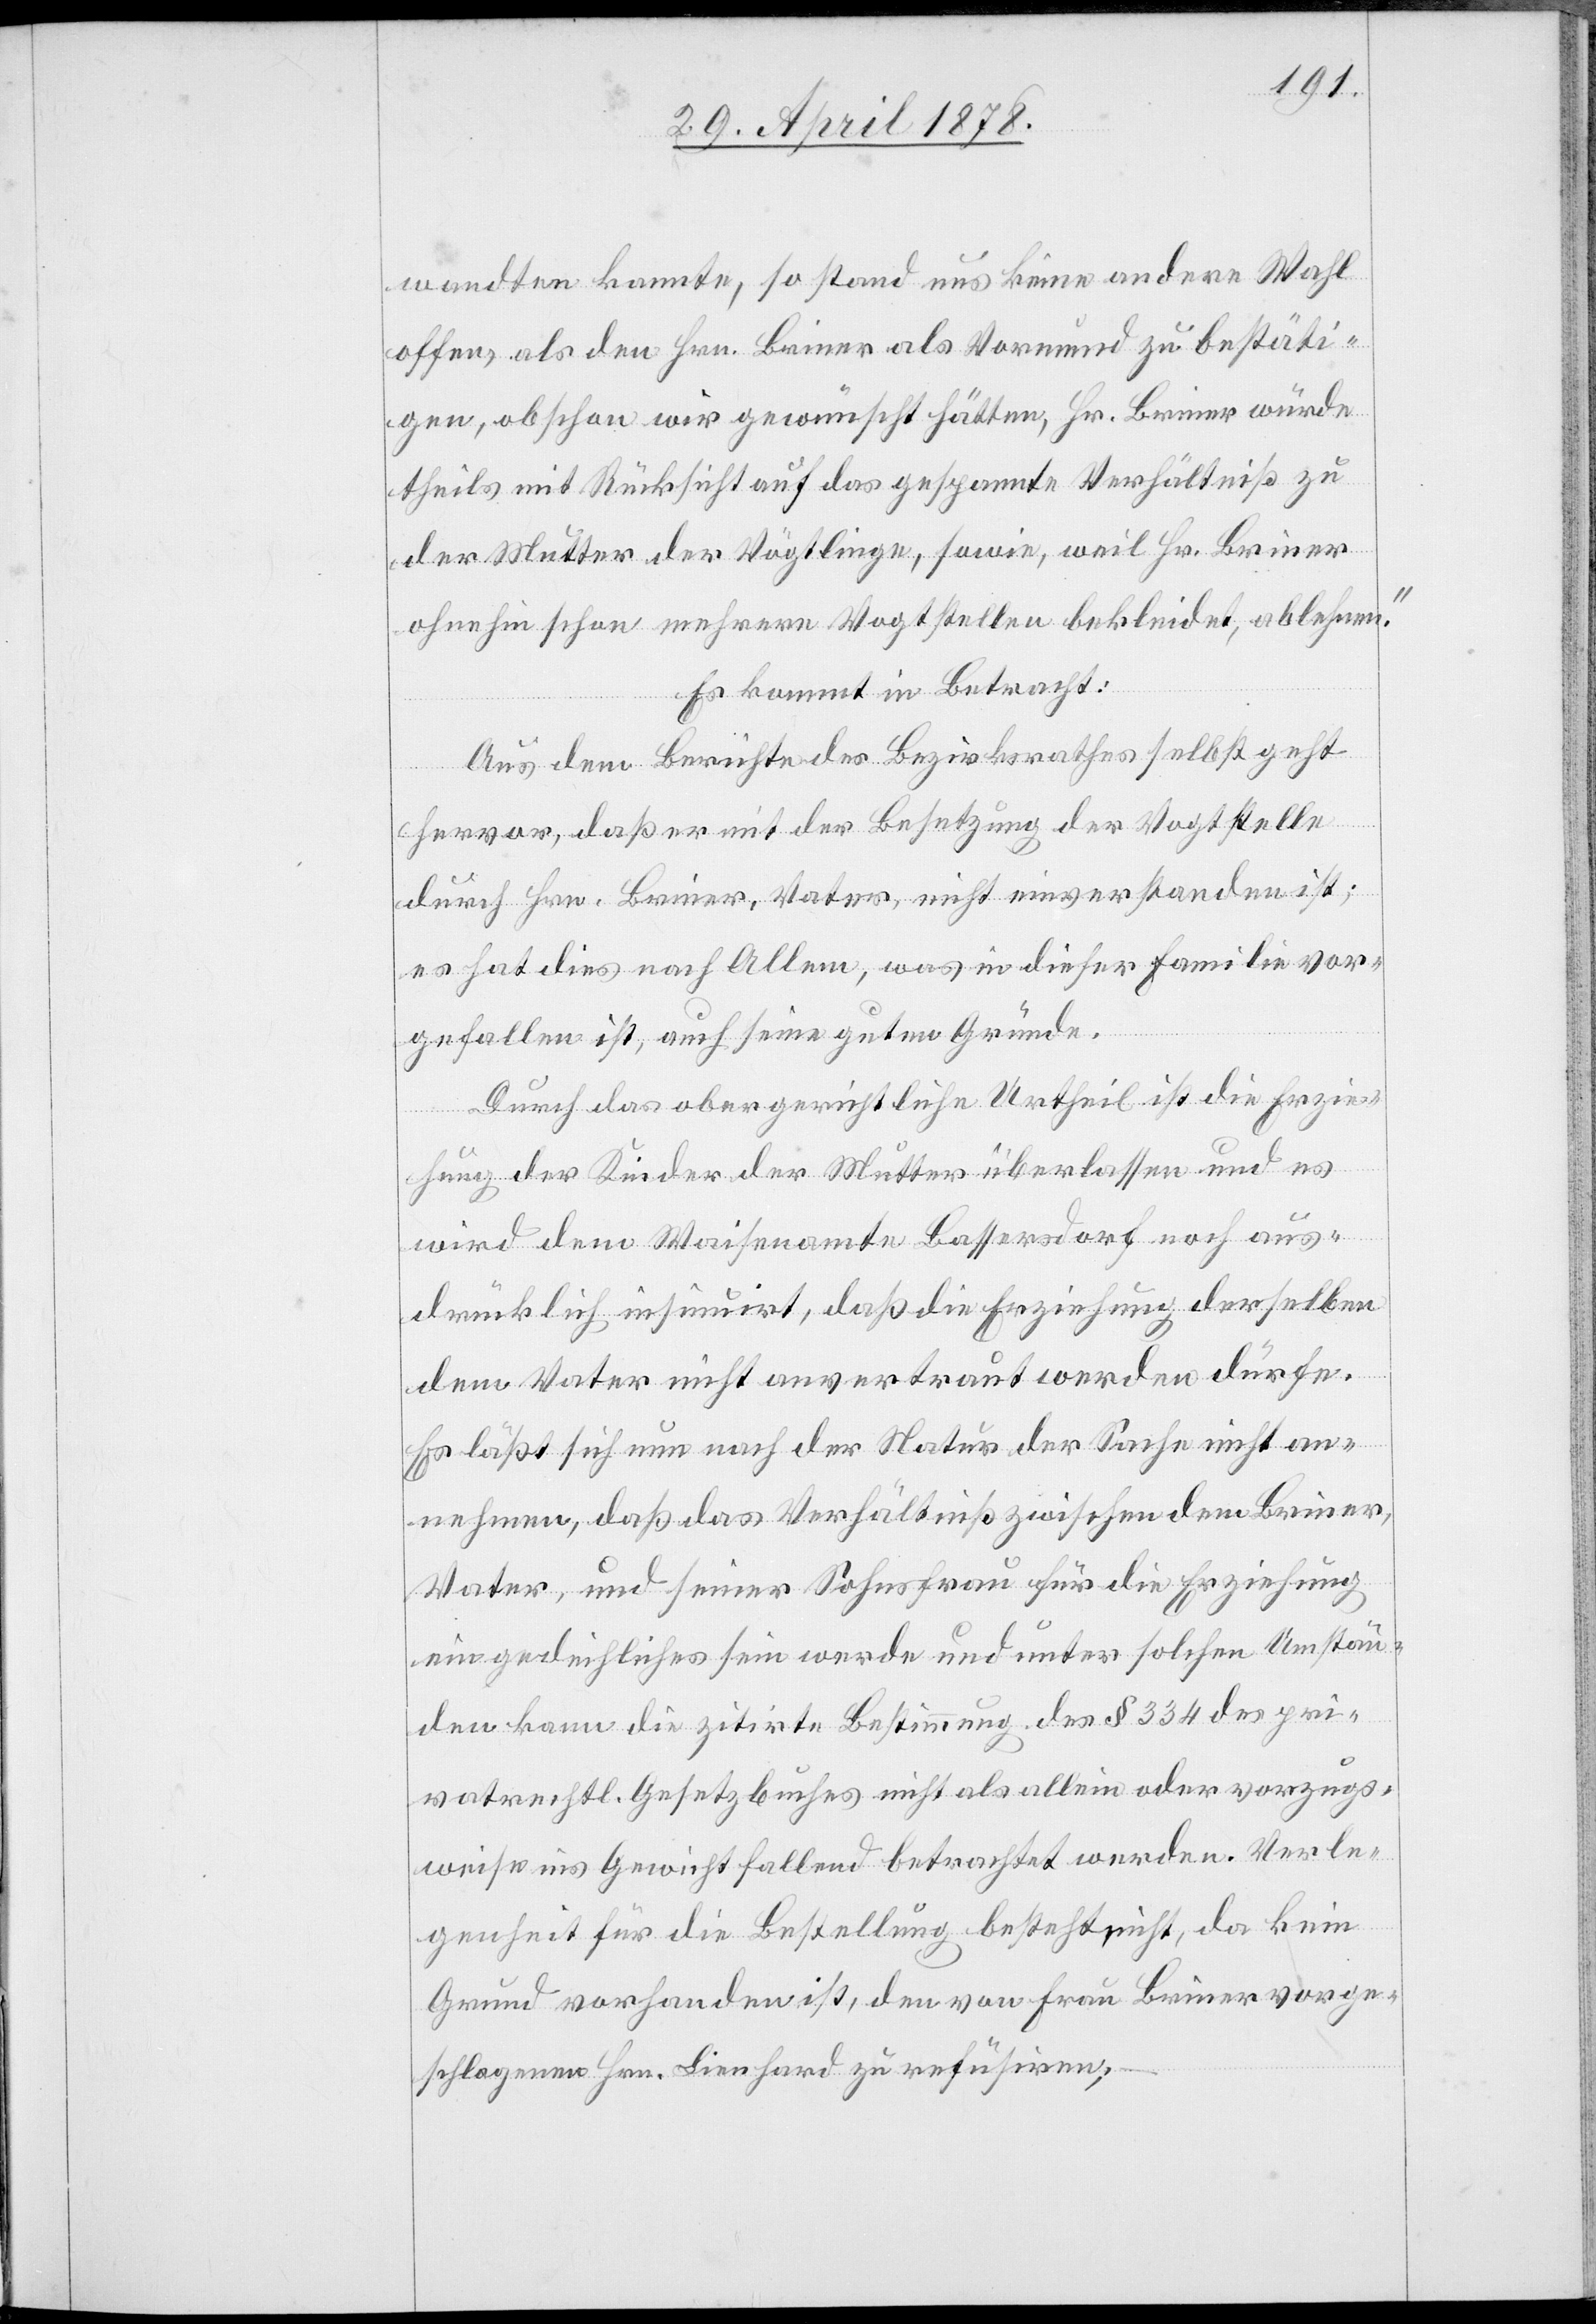
wandten kannte, so stand uns keine andere Wahl
offen, als den Hrn. Briner als Vormund zu bestäti¬
gen, obschon wir gewünscht hätten, Hr. Briner würde
theils mit Rücksicht auf das gespannte Verhältniß zu
der Mutter der Vögtlinge, sowie, weil Hr. Briner
ohnehin schon mehrere Vogtstellen bekleidet, ablehnen.“
Es kommt in Betracht:
Aus dem Berichte des Bezirksrathes selbst geht
hervor, daß er mit der Besetzung der Vogtstelle
durch Hrn. Briner, Vater, nicht einverstanden ist;
es hat dies nach Allem, was in dieser Familie vor¬
gefallen ist, auch seine guten Gründe.
Durch das obergerichtliche Urtheil ist die Erzie¬
hung der Kinder der Mutter überlassen und es
wird dem Waisenamte Bassersdorf noch aus¬
drücklich insinuirt, daß die Erziehung derselben
dem Vater nicht anvertraut werden dürfe.
Es läßt sich nun nach der Natur der Sache nicht an¬
nehmen, daß das Verhältniß zwischen dem Briner
Vater, und seiner Sohnsfrau für die Erziehung
ein gedeihliches sein werde und unter solchen Umstän¬
den kann die zitirte Bestimmung des § 334 des pri¬
vatrechtl. Gesetzbuches nicht als allein oder vorzugs¬
weise ins Gewicht fallend betrachtet werden. Verle¬
genheit für die Bestellung besteht nicht, da kein
Grund vorhanden ist, den von Frau Briner vorge¬
schlagenen Hrn. Lienhard zu refüsiren;